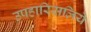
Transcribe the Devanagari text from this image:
उपहारिसलिये